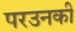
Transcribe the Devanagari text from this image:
परउनकी